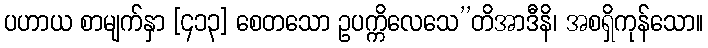
ပဟာယ စာမျက်နှာ [၄၁၃] စေတသော ဥပက္ကိလေသေ’’တိအာဒီနိ၊ အစရှိကုန်သော။